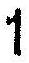
1